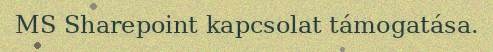
MS Sharepoint kapcsolat támogatása.